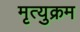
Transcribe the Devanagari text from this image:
मृत्युक्रम